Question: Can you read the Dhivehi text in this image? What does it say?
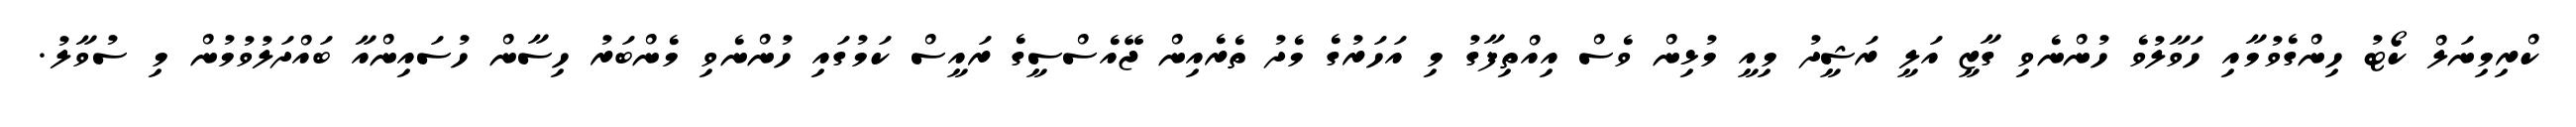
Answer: ކްރިމިނަލް ކޯޓު ހިންގެވުމާއި ހަވާލުވެ ހުންނެވި ގާޒީ އަލީ ރަޝީދު މިއީ މުޅިން ވެސް އިއްތިފާގު މި އަހަރުގެ މެދު ތެރެއިން ޖޭއެސްސީގެ ރައީސް ކަމުގައި ހުންނެވި މެންބަރު ހިސާން ހުސައިންއާ ބައްދަލުވުމުން މި ސުވާލު.